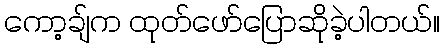
ကော့ချ်က ထုတ်ဖော်ပြောဆိုခဲ့ပါတယ်။